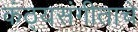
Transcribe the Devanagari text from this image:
कंठ्यसंगीताचे